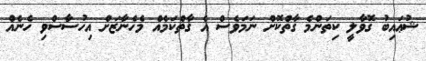
ޝުޢައިބު ގޮވާލީ ކިތަންމެ ގާތްކޮށް ނަމަވެސް އެ ގާތްކަމެއް މެހެނާޒަށް އިހުސާސްވި ހެނެއް